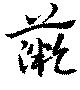
薇